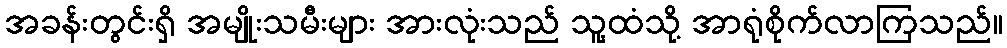
အခန်းတွင်းရှိ အမျိုးသမီးများ အားလုံးသည် သူ့ထံသို့ အာရုံစိုက်လာကြသည်။